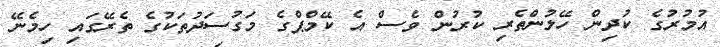
އުމުރުގެ ކުދިން ހޭލުންތެރި ކުރުން ވެސް އެ ކޭމްޕްގެ މަގުސަދުތަކުގެ ތެރޭގައި ހިމެނޭ